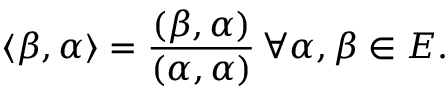
\langle \beta , \alpha \rangle = { \frac { ( \beta , \alpha ) } { ( \alpha , \alpha ) } } \, \forall \alpha , \beta \in E .